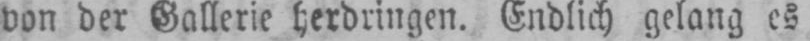
von der Gallerie herdringen. Endlich gelang es